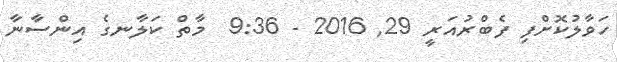
ހަވާލުކޮށްފި ފެބްރުއަރީ 29